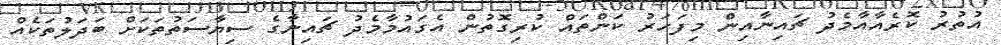
އުތުރު ކޮރެއާއާމެދު ޗައިނާއިން މިފަހަރު ކަންތައް ކުރިގޮތުން އެގައުމާމެދު ޗައިނާގެ ސިޔާސަތުތަކަށް ބަދަލުތަކެއް